Lunatic asylums Madras 1877-1891 - 1877-1891
Year: 1877
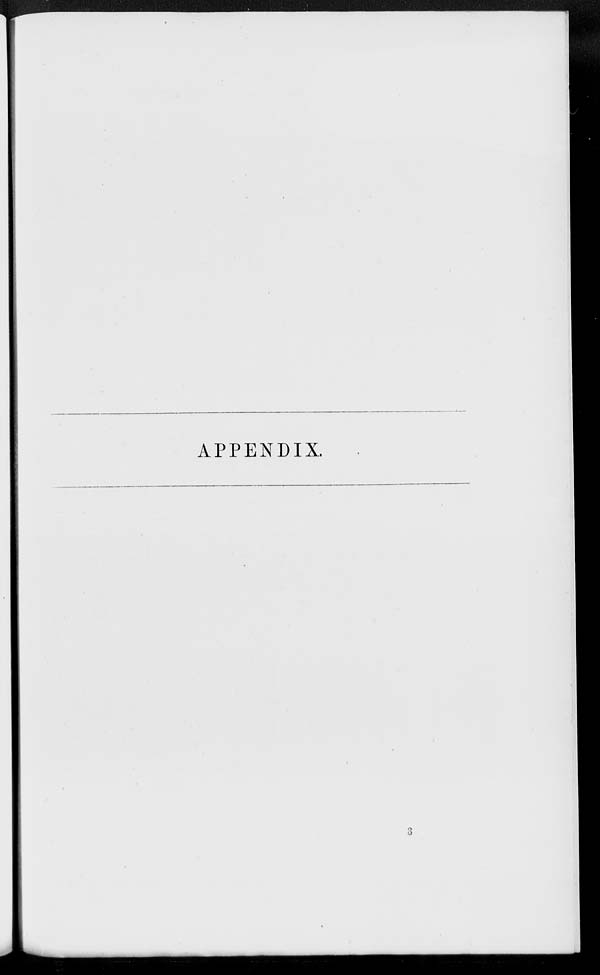
APPENDIX.
3